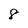
Character: 8